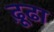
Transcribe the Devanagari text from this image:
ढ़ूढा